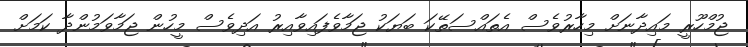
ޖުމްހޫރީ މައިދާނަށް މިހާރުވެސް އެތައްސަތޭކަ ބަޔަކު ޖަމާވެފައިވާއިރު އަދިވެސް މީހުން ޖަމާވަމުންދާ ކަމަށް